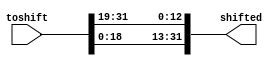
module shifter_19(toshift, shifted);

input [31:0]toshift;
output [31:0]shifted;
//reg [31:0]shifted;
assign shifted[13] = toshift[0];                                                                                                                                                                                                                        
assign shifted[14] = toshift[1];                                                                                                                                                                                                                        
assign shifted[15] = toshift[2];                                                                                                                                                                                                                        
assign shifted[16] = toshift[3];                                                                                                                                                                                                                        
assign shifted[17] = toshift[4];                                                                                                                                                                                                                        
assign shifted[18] = toshift[5];                                                                                                                                                                                                                        
assign shifted[19] = toshift[6];                                                                                                                                                                                                                        
assign shifted[20] = toshift[7];                                                                                                                                                                                                                        
assign shifted[21] = toshift[8];                                                                                                                                                                                                                        
assign shifted[22] = toshift[9];                                                                                                                                                                                                                        
assign shifted[23] = toshift[10];                                                                                                                                                                                                                       
assign shifted[24] = toshift[11];                                                                                                                                                                                                                       
assign shifted[25] = toshift[12];                                                                                                                                                                                                                       
assign shifted[26] = toshift[13];                                                                                                                                                                                                                       
assign shifted[27] = toshift[14];                                                                                                                                                                                                                       
assign shifted[28] = toshift[15];                                                                                                                                                                                                                       
assign shifted[29] = toshift[16];                                                                                                                                                                                                                       
assign shifted[30] = toshift[17];                                                                                                                                                                                                                       
assign shifted[31] = toshift[18];                                                                                                                                                                                                                       
assign shifted[0] = toshift[19];                                                                                                                                                                                                                        
assign shifted[1] = toshift[20];                                                                                                                                                                                                                        
assign shifted[2] = toshift[21];                                                                                                                                                                                                                        
assign shifted[3] = toshift[22];                                                                                                                                                                                                                        
assign shifted[4] = toshift[23];                                                                                                                                                                                                                        
assign shifted[5] = toshift[24];                                                                                                                                                                                                                        
assign shifted[6] = toshift[25];                                                                                                                                                                                                                        
assign shifted[7] = toshift[26];                                                                                                                                                                                                                        
assign shifted[8] = toshift[27];                                                                                                                                                                                                                        
assign shifted[9] = toshift[28];                                                                                                                                                                                                                        
assign shifted[10] = toshift[29];                                                                                                                                                                                                                       
assign shifted[11] = toshift[30];                                                                                                                                                                                                                       
assign shifted[12] = toshift[31];

/*always @(*)
begin
	if (5'd31>19)
		shifted[31-19] = toshift[31];	
	else if(5'd31<19)
		shifted[31+31-19] = toshift[31];
	else
		shifted[0] = toshift[31];
end
always @(*)
begin
	if (5'd30>19)
		shifted[30-19] = toshift[30];	
	else if(5'd30<19)
		shifted[30+31-19] = toshift[30];
	else
		shifted[0] = toshift[30];
end
always @(*)
begin
	if (5'd29>19)
		shifted[29-19] = toshift[29];	
	else if(5'd29<19)
		shifted[29+31-19] = toshift[29];
	else
		shifted[0] = toshift[29];
end
always @(*)
begin
	if (5'd28>19)
		shifted[28-19] = toshift[28];	
	else if(5'd28<19)
		shifted[28+31-19] = toshift[28];
	else
		shifted[0] = toshift[28];
end
always @(*)
begin
	if (5'd27>19)
		shifted[27-19] = toshift[27];	
	else if(5'd27<19)
		shifted[27+31-19] = toshift[27];
	else
		shifted[0] = toshift[27];
end
always @(*)
begin
	if (5'd26>19)
		shifted[26-19] = toshift[26];	
	else if(5'd26<19)
		shifted[26+31-19] = toshift[26];
	else
		shifted[0] = toshift[26];
end
always @(*)
begin
	if (5'd25>19)
		shifted[25-19] = toshift[25];	
	else if(5'd25<19)
		shifted[25+31-19] = toshift[25];
	else
		shifted[0] = toshift[25];
end
always @(*)
begin
	if (5'd24>19)
		shifted[24-19] = toshift[24];	
	else if(5'd24<19)
		shifted[24+31-19] = toshift[24];
	else
		shifted[0] = toshift[24];
end
always @(*)
begin
	if (5'd23>19)
		shifted[23-19] = toshift[23];	
	else if(5'd23<19)
		shifted[23+31-19] = toshift[23];
	else
		shifted[0] = toshift[23];
end
always @(*)
begin
	if (5'd22>19)
		shifted[22-19] = toshift[22];	
	else if(5'd22<19)
		shifted[22+31-19] = toshift[22];
	else
		shifted[0] = toshift[22];
end
always @(*)
begin
	if (5'd21>19)
		shifted[21-19] = toshift[21];	
	else if(5'd21<19)
		shifted[21+31-19] = toshift[21];
	else
		shifted[0] = toshift[21];
end
always @(*)
begin
	if (5'd20>19)
		shifted[20-19] = toshift[20];	
	else if(5'd20<19)
		shifted[20+31-19] = toshift[20];
	else
		shifted[0] = toshift[20];
end
always @(*)
begin
	if (5'd19>19)
		shifted[19-19] = toshift[19];	
	else if(5'd19<19)
		shifted[19+31-19] = toshift[19];
	else
		shifted[0] = toshift[19];
end
always @(*)
begin
	if (5'd18>19)
		shifted[18-19] = toshift[18];	
	else if(5'd18<19)
		shifted[18+31-19] = toshift[18];
	else
		shifted[0] = toshift[18];
end
always @(*)
begin
	if (5'd17>19)
		shifted[17-19] = toshift[17];	
	else if(5'd17<19)
		shifted[17+31-19] = toshift[17];
	else
		shifted[0] = toshift[17];
end
always @(*)
begin
	if (5'd16>19)
		shifted[16-19] = toshift[16];	
	else if(5'd16<19)
		shifted[16+31-19] = toshift[16];
	else
		shifted[0] = toshift[16];
end
always @(*)
begin
	if (5'd15>19)
		shifted[15-19] = toshift[15];	
	else if(5'd15<19)
		shifted[15+31-19] = toshift[15];
	else
		shifted[0] = toshift[15];
end
always @(*)
begin
	if (5'd14>19)
		shifted[14-19] = toshift[14];	
	else if(5'd14<19)
		shifted[14+31-19] = toshift[14];
	else
		shifted[0] = toshift[14];
end
always @(*)
begin
	if (5'd13>19)
		shifted[13-19] = toshift[13];	
	else if(5'd13<19)
		shifted[13+31-19] = toshift[13];
	else
		shifted[0] = toshift[13];
end
always @(*)
begin
	if (5'd12>19)
		shifted[12-19] = toshift[119];	
	else if(5'd12<19)
		shifted[12+31-19] = toshift[12];
	else
		shifted[0] = toshift[12];
end
always @(*)
begin
	if (5'd11>19)
		shifted[11-19] = toshift[11];	
	else if(5'd11<19)
		shifted[11+31-19] = toshift[11];
	else
		shifted[0] = toshift[11];
end
always @(*)
begin
	if (5'd10>19)
		shifted[10-19] = toshift[10];	
	else if(5'd10<19)
		shifted[10+31-19] = toshift[10];
	else
		shifted[0] = toshift[10];
end
always @(*)
begin
	if (5'd9>19)
		shifted[9-19] = toshift[9];	
	else if(5'd9<19)
		shifted[9+31-19] = toshift[9];
	else
		shifted[0] = toshift[9];
end
always @(*)
begin
	if (5'd8>19)
		shifted[8-19] = toshift[8];	
	else if(5'd8<19)
		shifted[8+31-19] = toshift[8];
	else
		shifted[0] = toshift[8];
end
always @(*)
begin
	if (5'd7>19)
		shifted[7-19] = toshift[7];	
	else if(5'd7<19)
		shifted[7+31-19] = toshift[7];
	else
		shifted[0] = toshift[7];
end
always @(*)
begin
	if (5'd6>19)
		shifted[6-19] = toshift[6];	
	else if(5'd6<19)
		shifted[6+31-19] = toshift[6];
	else
		shifted[0] = toshift[6];
end
always @(*)
begin
	if (5'd5>19)
		shifted[5-19] = toshift[5];	
	else if(5'd5<19)
		shifted[5+31-19] = toshift[5];
	else
		shifted[0] = toshift[5];
end
always @(*)
begin
	if (5'd4>19)
		shifted[4-19] = toshift[4];	
	else if(5'd4<19)
		shifted[4+31-19] = toshift[4];
	else
		shifted[0] = toshift[4];
end
always @(*)
begin
	if (5'd3>19)
		shifted[3-19] = toshift[3];	
	else if(5'd3<19)
		shifted[3+31-19] = toshift[3];
	else
		shifted[0] = toshift[3];
end
always @(*)
begin
	if (5'd2>19)
		shifted[2-19] = toshift[19];	
	else if(5'd2<19)
		shifted[2+31-19] = toshift[2];
	else
		shifted[0] = toshift[2];
end
always @(*)
begin
	if (5'd1>19)
		shifted[1-19] = toshift[1];	
	else if(5'd1<19)
		shifted[1+31-19] = toshift[1];
	else
		shifted[0] = toshift[1];
end
always @(*)
begin
	if (5'd0>19)
		shifted[0-19] = toshift[0];	
	else if(5'd0<19)
		shifted[0+31-19] = toshift[0];
	else
		shifted[0] = toshift[0];
end*/

endmodule